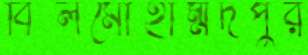
বিলমোহাম্মদপুর